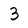
Character: 3